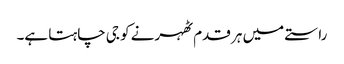
راستے میں ہر قدم ٹھہرنے کو جی چاہتا ہے۔